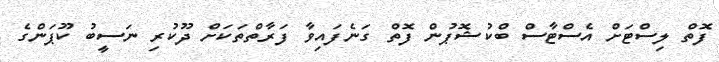
ފޮތް ލިސްޓަށް އެސްޓާސް ބްކުޝޮޕުން ފޮތް ގަނެފައިވާ ފަރާތްތަކަށް ދޫކުރި ނަސީބު ކޫޕަންގެ